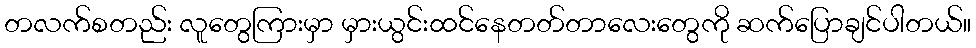
တလက်စတည်း လူတွေကြားမှာ မှားယွင်းထင်နေတတ်တာလေးတွေကို ဆက်ပြောချင်ပါတယ်။